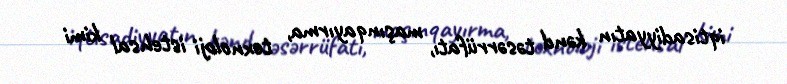
iqtisadiyyatın kənd təsərrüfatı, maşınqayırma, texnoloji istehsal kimi